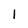
Character: 1